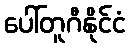
ပေါ်တူဂီနိုင်ငံ